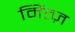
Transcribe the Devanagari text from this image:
मिंत्ज़